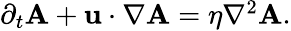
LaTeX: \begin{array}{r}{\partial_{t}\mathbf{A}+\mathbf{u}\cdot\nabla\mathbf{A}=\eta\nabla^{2}\mathbf{A}.}\end{array}